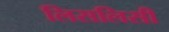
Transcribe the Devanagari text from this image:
लिसलिसी